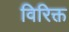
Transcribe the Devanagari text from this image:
विरिक्त